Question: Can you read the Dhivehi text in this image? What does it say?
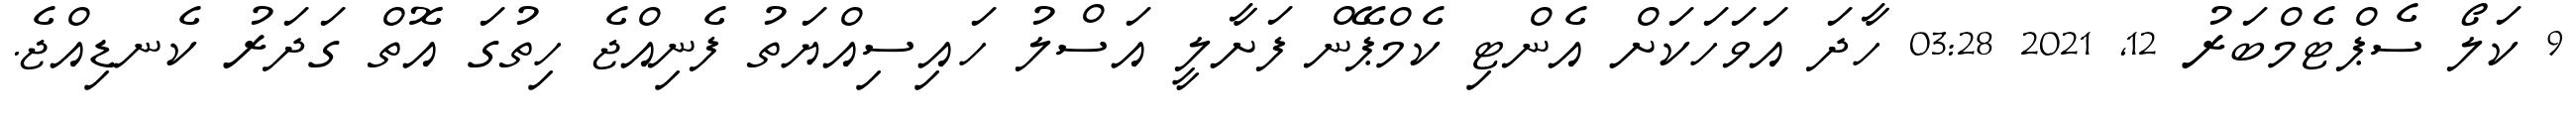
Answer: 9 ކަލޯ ސެޕްޓެމްބަރު 12, 2021 03:28 ހާދަ އަވަހަކަށް އެންޓި ކެމްޕޭން ފަށާލީ އަސްލު ހައިސިއްޔަތު ފެނިއްޖެ ހިތުގަ އޮތް ގަދަރު ކެނޑިއްޖެ.